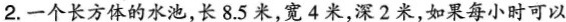
2.一个长方体的水池，长8.5米，宽4米，深2米，如果每小时可以